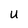
Character: U